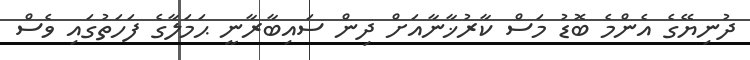
ދުނިޔޭގެ އެންމެ ބޮޑު މަސް ކާރުޚާނާއަށް ދިން ސައިބާރާނީ ޙަމަލާގެ ފަހަތުގައި ވެސް